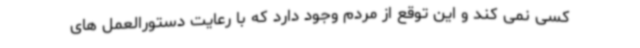
کسی نمی کند و این توقع از مردم وجود دارد که با رعایت دستورالعمل های